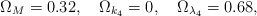
\begin{align*}\Omega_M=0.32,\quad \Omega_{k_4}=0,\quad \Omega_{\lambda_4}=0.68,\end{align*}